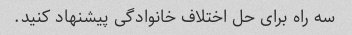
سه راه برای حل اختلاف خانوادگی پیشنهاد کنید.